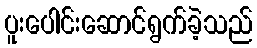
ပူးပေါင်းဆောင်ရွက်ခဲ့သည်